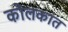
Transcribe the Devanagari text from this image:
कोलकात